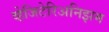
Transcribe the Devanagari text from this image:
व्हेजिटेरिअनिझम